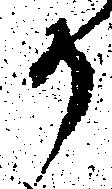
か